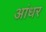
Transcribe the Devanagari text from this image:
आंधर